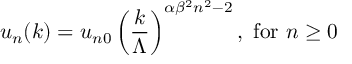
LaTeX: u _ { n } ( k ) = u _ { n 0 } \left( { \frac { k } { \Lambda } } \right) ^ { \alpha \beta ^ { 2 } n ^ { 2 } - 2 } , { \mathrm { ~ f o r ~ } } n \ge 0